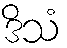
ဒိသံ